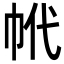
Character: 𢂌